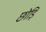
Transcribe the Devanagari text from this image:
छोड़ि